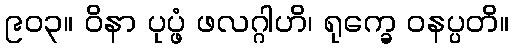
၉၀၃။ ဝိနာ ပုပ္ဖံ ဖလဂ္ဂါဟိ၊ ရုက္ခေ ဝနပ္ပတိ။